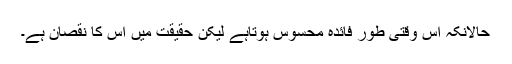
حالانکہ اس وقتی طور فائدہ محسوس ہوتاہے لیکن حقیقت میں اس کا نقصان ہے۔